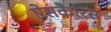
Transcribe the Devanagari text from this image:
ऐसकैरिस